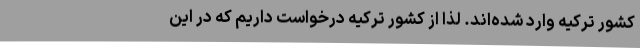
کشور ترکیه وارد شده‌اند. لذا از کشور ترکیه درخواست داریم که در این